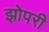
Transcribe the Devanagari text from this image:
झोपरी